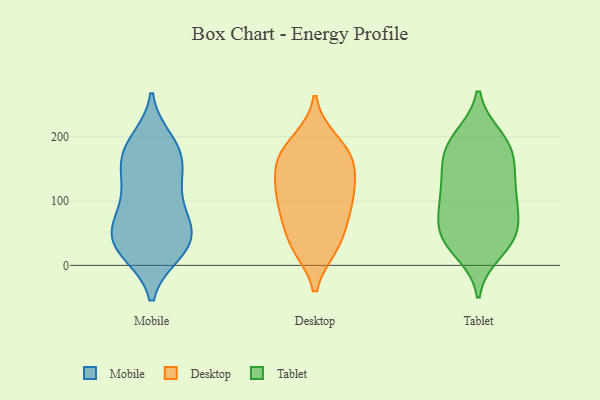
{"axis": {"x": "Page Views", "y": "Value"}, "legend": ["Desktop", "Mobile", "Tablet"], "data": [{"x": "", "y": 125, "type": "Mobile"}, {"x": "", "y": 81, "type": "Mobile"}, {"x": "", "y": 62, "type": "Mobile"}, {"x": "", "y": 27, "type": "Mobile"}, {"x": "", "y": 20, "type": "Mobile"}, {"x": "", "y": 135, "type": "Mobile"}, {"x": "", "y": 51, "type": "Mobile"}, {"x": "", "y": 165, "type": "Mobile"}, {"x": "", "y": 42, "type": "Mobile"}, {"x": "", "y": 52, "type": "Mobile"}, {"x": "", "y": 101, "type": "Mobile"}, {"x": "", "y": 185, "type": "Mobile"}, {"x": "", "y": 194, "type": "Mobile"}, {"x": "", "y": 19, "type": "Mobile"}, {"x": "", "y": 172, "type": "Mobile"}, {"x": "", "y": 23, "type": "Mobile"}, {"x": "", "y": 181, "type": "Mobile"}, {"x": "", "y": 69, "type": "Mobile"}, {"x": "", "y": 139, "type": "Mobile"}, {"x": "", "y": 31, "type": "Desktop"}, {"x": "", "y": 35, "type": "Desktop"}, {"x": "", "y": 83, "type": "Desktop"}, {"x": "", "y": 167, "type": "Desktop"}, {"x": "", "y": 179, "type": "Desktop"}, {"x": "", "y": 192, "type": "Desktop"}, {"x": "", "y": 96, "type": "Desktop"}, {"x": "", "y": 151, "type": "Desktop"}, {"x": "", "y": 162, "type": "Desktop"}, {"x": "", "y": 114, "type": "Desktop"}, {"x": "", "y": 37, "type": "Desktop"}, {"x": "", "y": 127, "type": "Desktop"}, {"x": "", "y": 92, "type": "Desktop"}, {"x": "", "y": 175, "type": "Tablet"}, {"x": "", "y": 107, "type": "Tablet"}, {"x": "", "y": 171, "type": "Tablet"}, {"x": "", "y": 79, "type": "Tablet"}, {"x": "", "y": 65, "type": "Tablet"}, {"x": "", "y": 111, "type": "Tablet"}, {"x": "", "y": 137, "type": "Tablet"}, {"x": "", "y": 193, "type": "Tablet"}, {"x": "", "y": 51, "type": "Tablet"}, {"x": "", "y": 199, "type": "Tablet"}, {"x": "", "y": 20, "type": "Tablet"}, {"x": "", "y": 149, "type": "Tablet"}, {"x": "", "y": 109, "type": "Tablet"}, {"x": "", "y": 37, "type": "Tablet"}, {"x": "", "y": 102, "type": "Tablet"}, {"x": "", "y": 200, "type": "Tablet"}, {"x": "", "y": 59, "type": "Tablet"}, {"x": "", "y": 161, "type": "Tablet"}, {"x": "", "y": 31, "type": "Tablet"}, {"x": "", "y": 43, "type": "Tablet"}]}